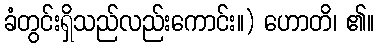
ခံတွင်းရှိသည်လည်းကောင်း။) ဟောတိ၊ ၏။